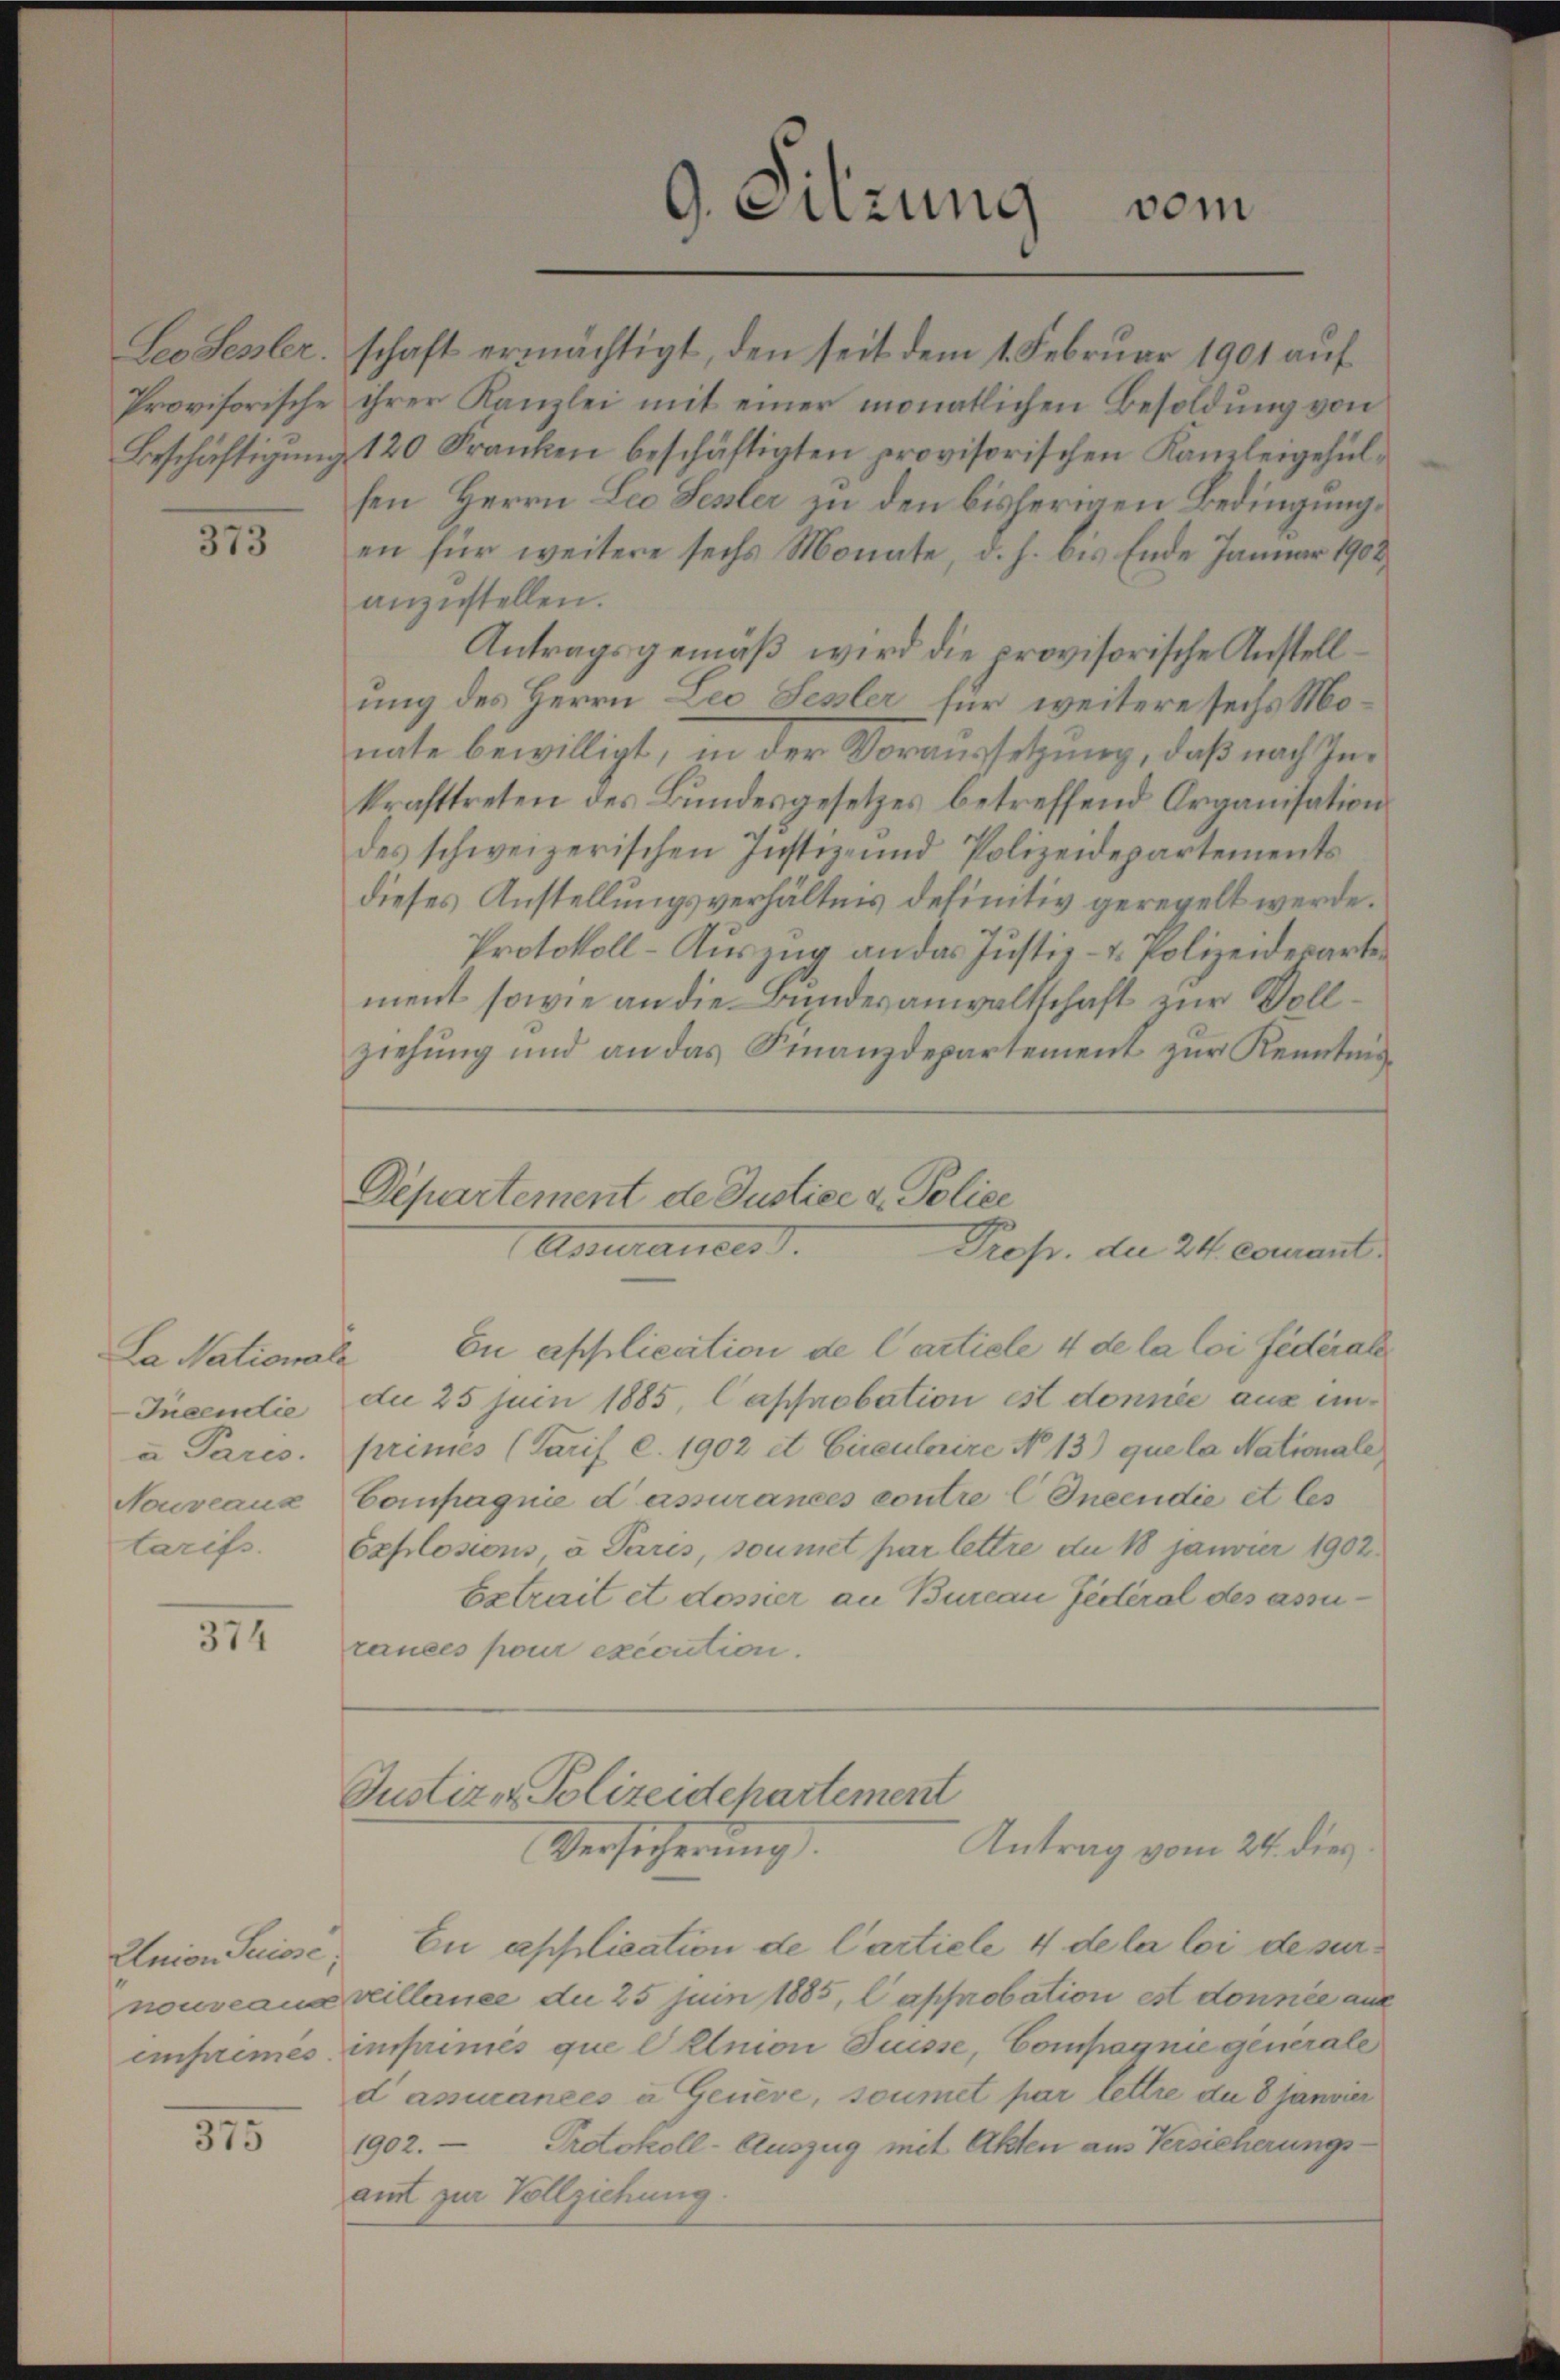
315

La Nationale
Incendie
a Paris.
Nouveaus
tarifs.

312

nouveaux
emprimes

315

Seo Sessler. schaft ermächtigt, den seit dem 1. Februar 1901 auf
Provisorische ihrer Kanzlei mit einer monatlichen Besoldung von
Beschäftigŭng 120 Franken beschäftigten provisorischen Kanzleigehülsen Herrn Leo Senter zu den bisherigen Bedingung,
en für weitere sechs Monate, d. h. bis Ende Januar 1902
anzustellen.
Antragsgemäß wird die provisorische Anstellung des Herrn Leo Sessler für weitere sechs Monate bewilligt, in der Voraussetzung, daß nach Inkrafttreten des Bundesgesetzes betreffend Organisation
des schweizerischen Justiz- und Polizeidepartements
dieses Anstellungsverhältnis definitiv geregelt werde.
Protokoll-Aŭszŭg an das Justiz- u. Polizeidesartement sowie an die Bundesanwaltschaft zur Vollziehŭng und an das Finanzdepartement zŭr Kenntnis
Departement de Justice u. Police
Assurances d.
Prof. der 24. courant.
En application de l’article 4 de la loi fédérale
du 25 Juin 1885, Capsnobation est donnée aus unprimes (Tarif c. 1902 et Circulaire No 13) que la Nationale
Compagnie dessurances contre l Ineendie et les
Explosions à Paris, soumet par lettre du 18 janvier 1902.
Extrait et dossier an Bureau fédéral des assurances pour exécution.

9. Sitzung
vom

Justiz - Polizeidepartement
Antrag vom 24. dies
Versicherung.

Union Suisse, Eu application de Cartiele 4 de la loi de surveillance du 25 Juin 1885, l approbation est donnée aus
inprimés que l Union Suisse, Compagnie generale
dammanées à Genève, soumet par lettre du 8 Janvier
Protokoll-Auszug mit Akten aus Versicherungs¬
1902.
amt zur Vollziehung.